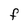
Character: F